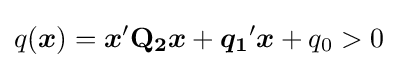
q({\boldsymbol {x}})={\boldsymbol {x}}'\mathbf {Q_{2}} {\boldsymbol {x}}+{\boldsymbol {q_{1}}}'{\boldsymbol {x}}+q_{0}>0